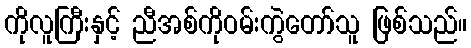
ကိုလူကြီးနှင့် ညီအစ်ကိုဝမ်းကွဲတော်သူ ဖြစ်သည်။